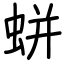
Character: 蛢